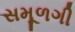
સમૂળગી